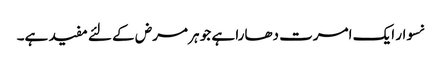
نسوار ایک امرت دھارا ہے جو ہر مرض کے لئے مفید ہے۔